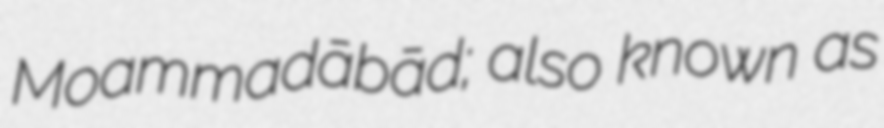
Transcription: Moḩammadābād; also known as